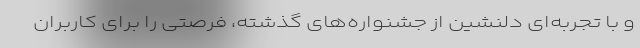
و با تجربه‌ای دلنشین از جشنواره‌‌های گذشته، فرصتی را برای کاربران